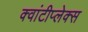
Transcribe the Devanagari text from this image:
क्वांटीप्लेक्स